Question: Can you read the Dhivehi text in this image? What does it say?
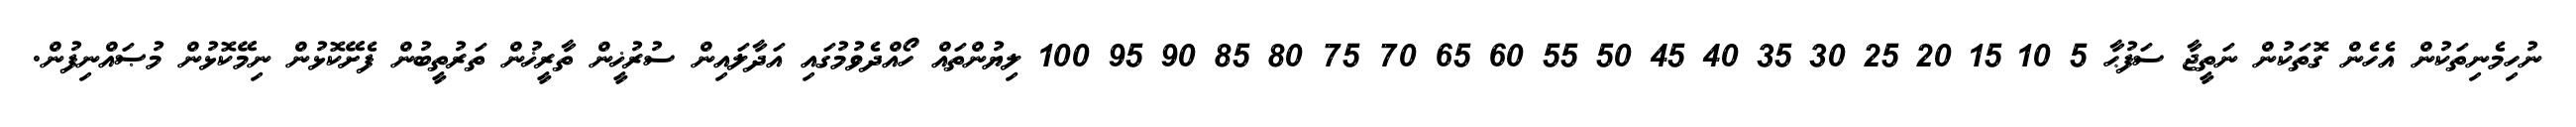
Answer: ނުހިމެނިތަކުން އެހެން ގޮތަކުން ނަތީޖާ ސަފުޙާ 5 10 15 20 25 30 35 40 45 50 55 60 65 70 75 80 85 90 95 100 ލިޔުންތައް ހޯއްދެވުމުގައި އަދާލައިން ސުރުޚީން ތާރީޚުން ތަރުތީބުން ފެށޭކޮޅުން ނިމޭކޮޅުން މުޞައްނިފުން.